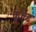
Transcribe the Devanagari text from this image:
कूल्‍ड